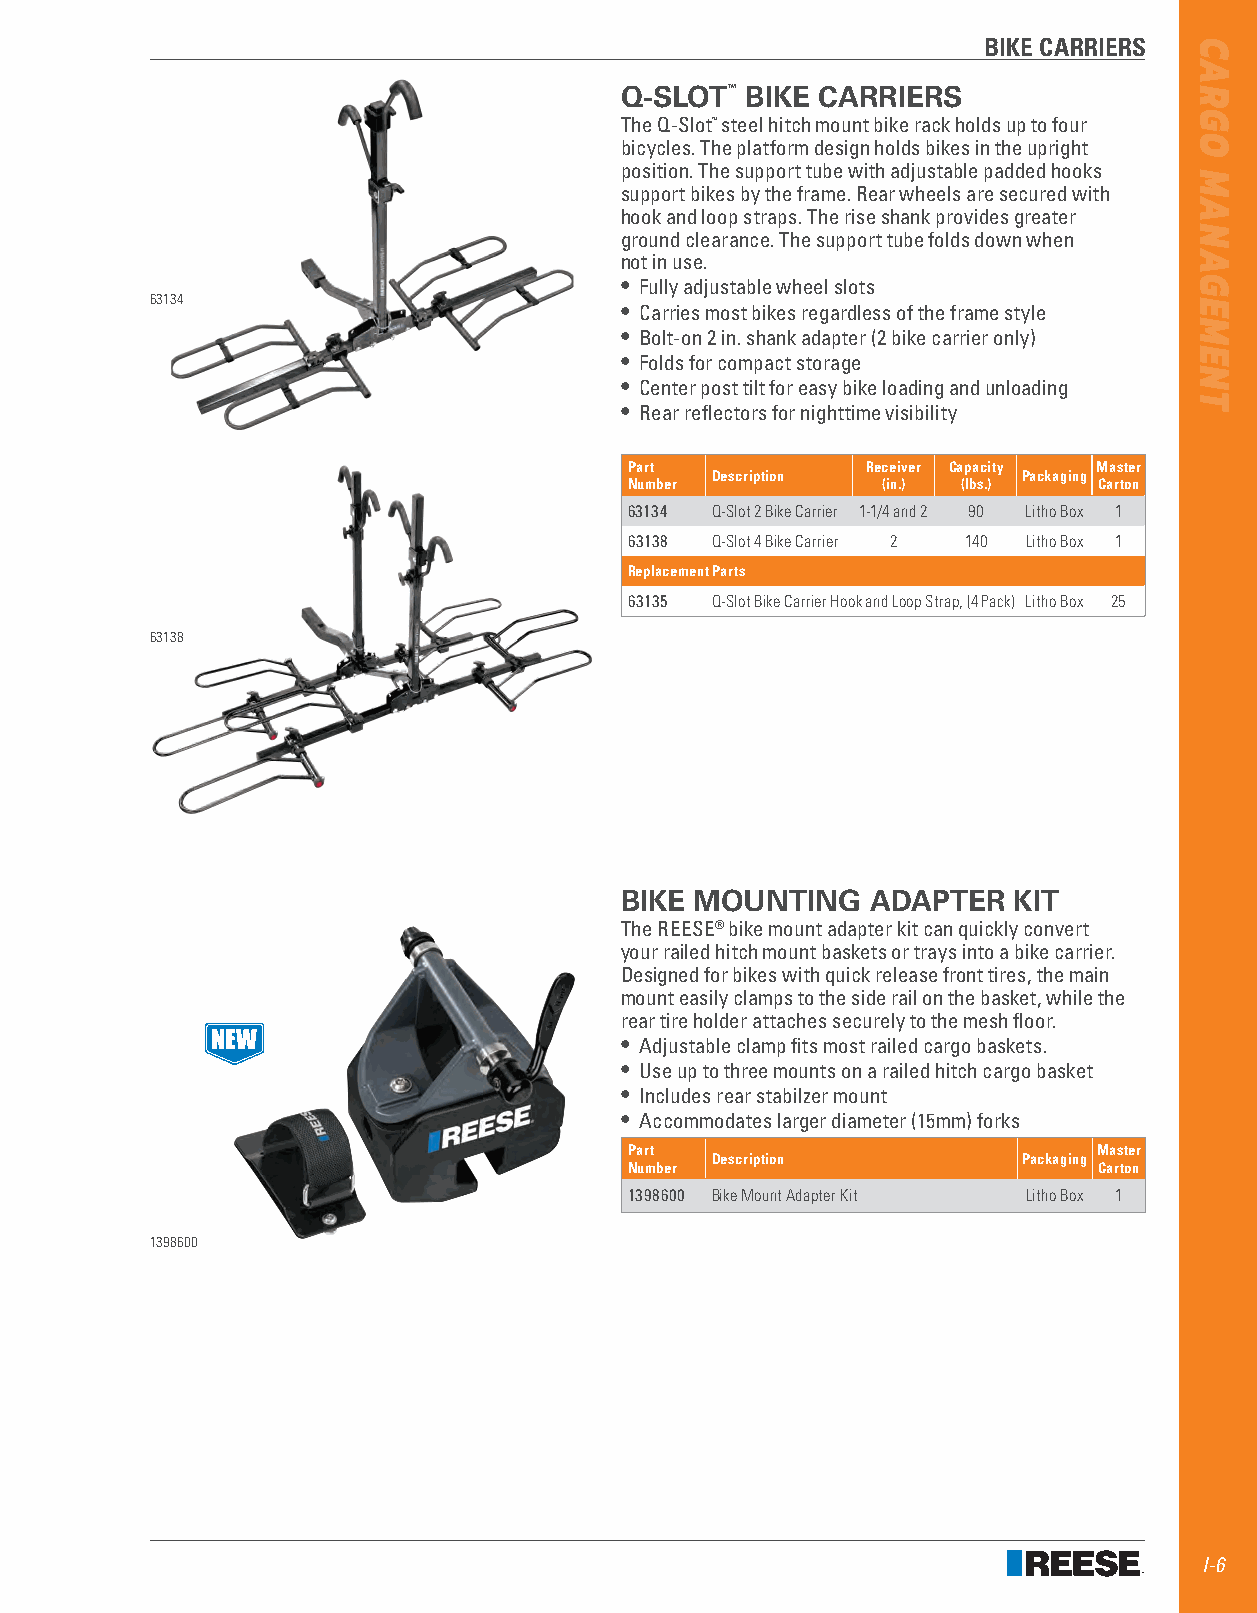
BIKE CARRIERS
 Q-SLOT™ BIKE CARRIERS
 The Q-Slot™ steel hitch mount bike rack holds up to four
 bicycles . The platform design holds bikes in the upright
 position . The support tube with adjustable padded hooks
 support bikes by the frame . Rear wheels are secured with
 hook and loop straps . The rise shank provides greater
 ground clearance . The support tube folds down when
 not in use .
 • Fully adjustable wheel slots
 63134
 • Carries most bikes regardless of the frame style
 • Bolt-on 2 in . shank adapter (2 bike carrier only)
 • Folds for compact storage
 • Center post tilt for easy bike loading and unloading
 • Rear reflectors for nighttime visibility
 Part           Receiver Capacity Master
 Description          Packaging
 Number          (in.) (lbs.)   Carton
 63134 Q-Slot 2 Bike Carrier 1-1/4 and 2 90 Litho Box 1
 63138 Q-Slot 4 Bike Carrier 2 140 Litho Box 1
 Replacement Parts
 63135 Q-Slot Bike Carrier Hook and Loop Strap, (4 Pack) Litho Box 25
 63138
 BIKE MOUNTING    ADAPTER  KIT
 The REESE® bike mount adapter kit can quickly convert
 your railed hitch mount baskets or trays into a bike carrier .
 Designed for bikes with quick release front tires, the main
 mount easily clamps to the side rail on the basket, while the
 rear tire holder attaches securely to the mesh floor .
 • Adjustable clamp fits most railed cargo baskets .
 • Use up to three mounts on a railed hitch cargo basket
 • Includes rear stabilzer mount
 • Accommodates larger diameter (15mm) forks
 Part                           Master
 Description          Packaging
 Number                         Carton
 1398600 Bike Mount Adapter Kit Litho Box 1
 1398600
 I-6
 CARGO
 MANAGEMENT